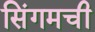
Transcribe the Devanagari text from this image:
सिंगमची